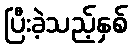
ပြီးခဲ့သည့်နှစ်